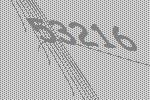
53216